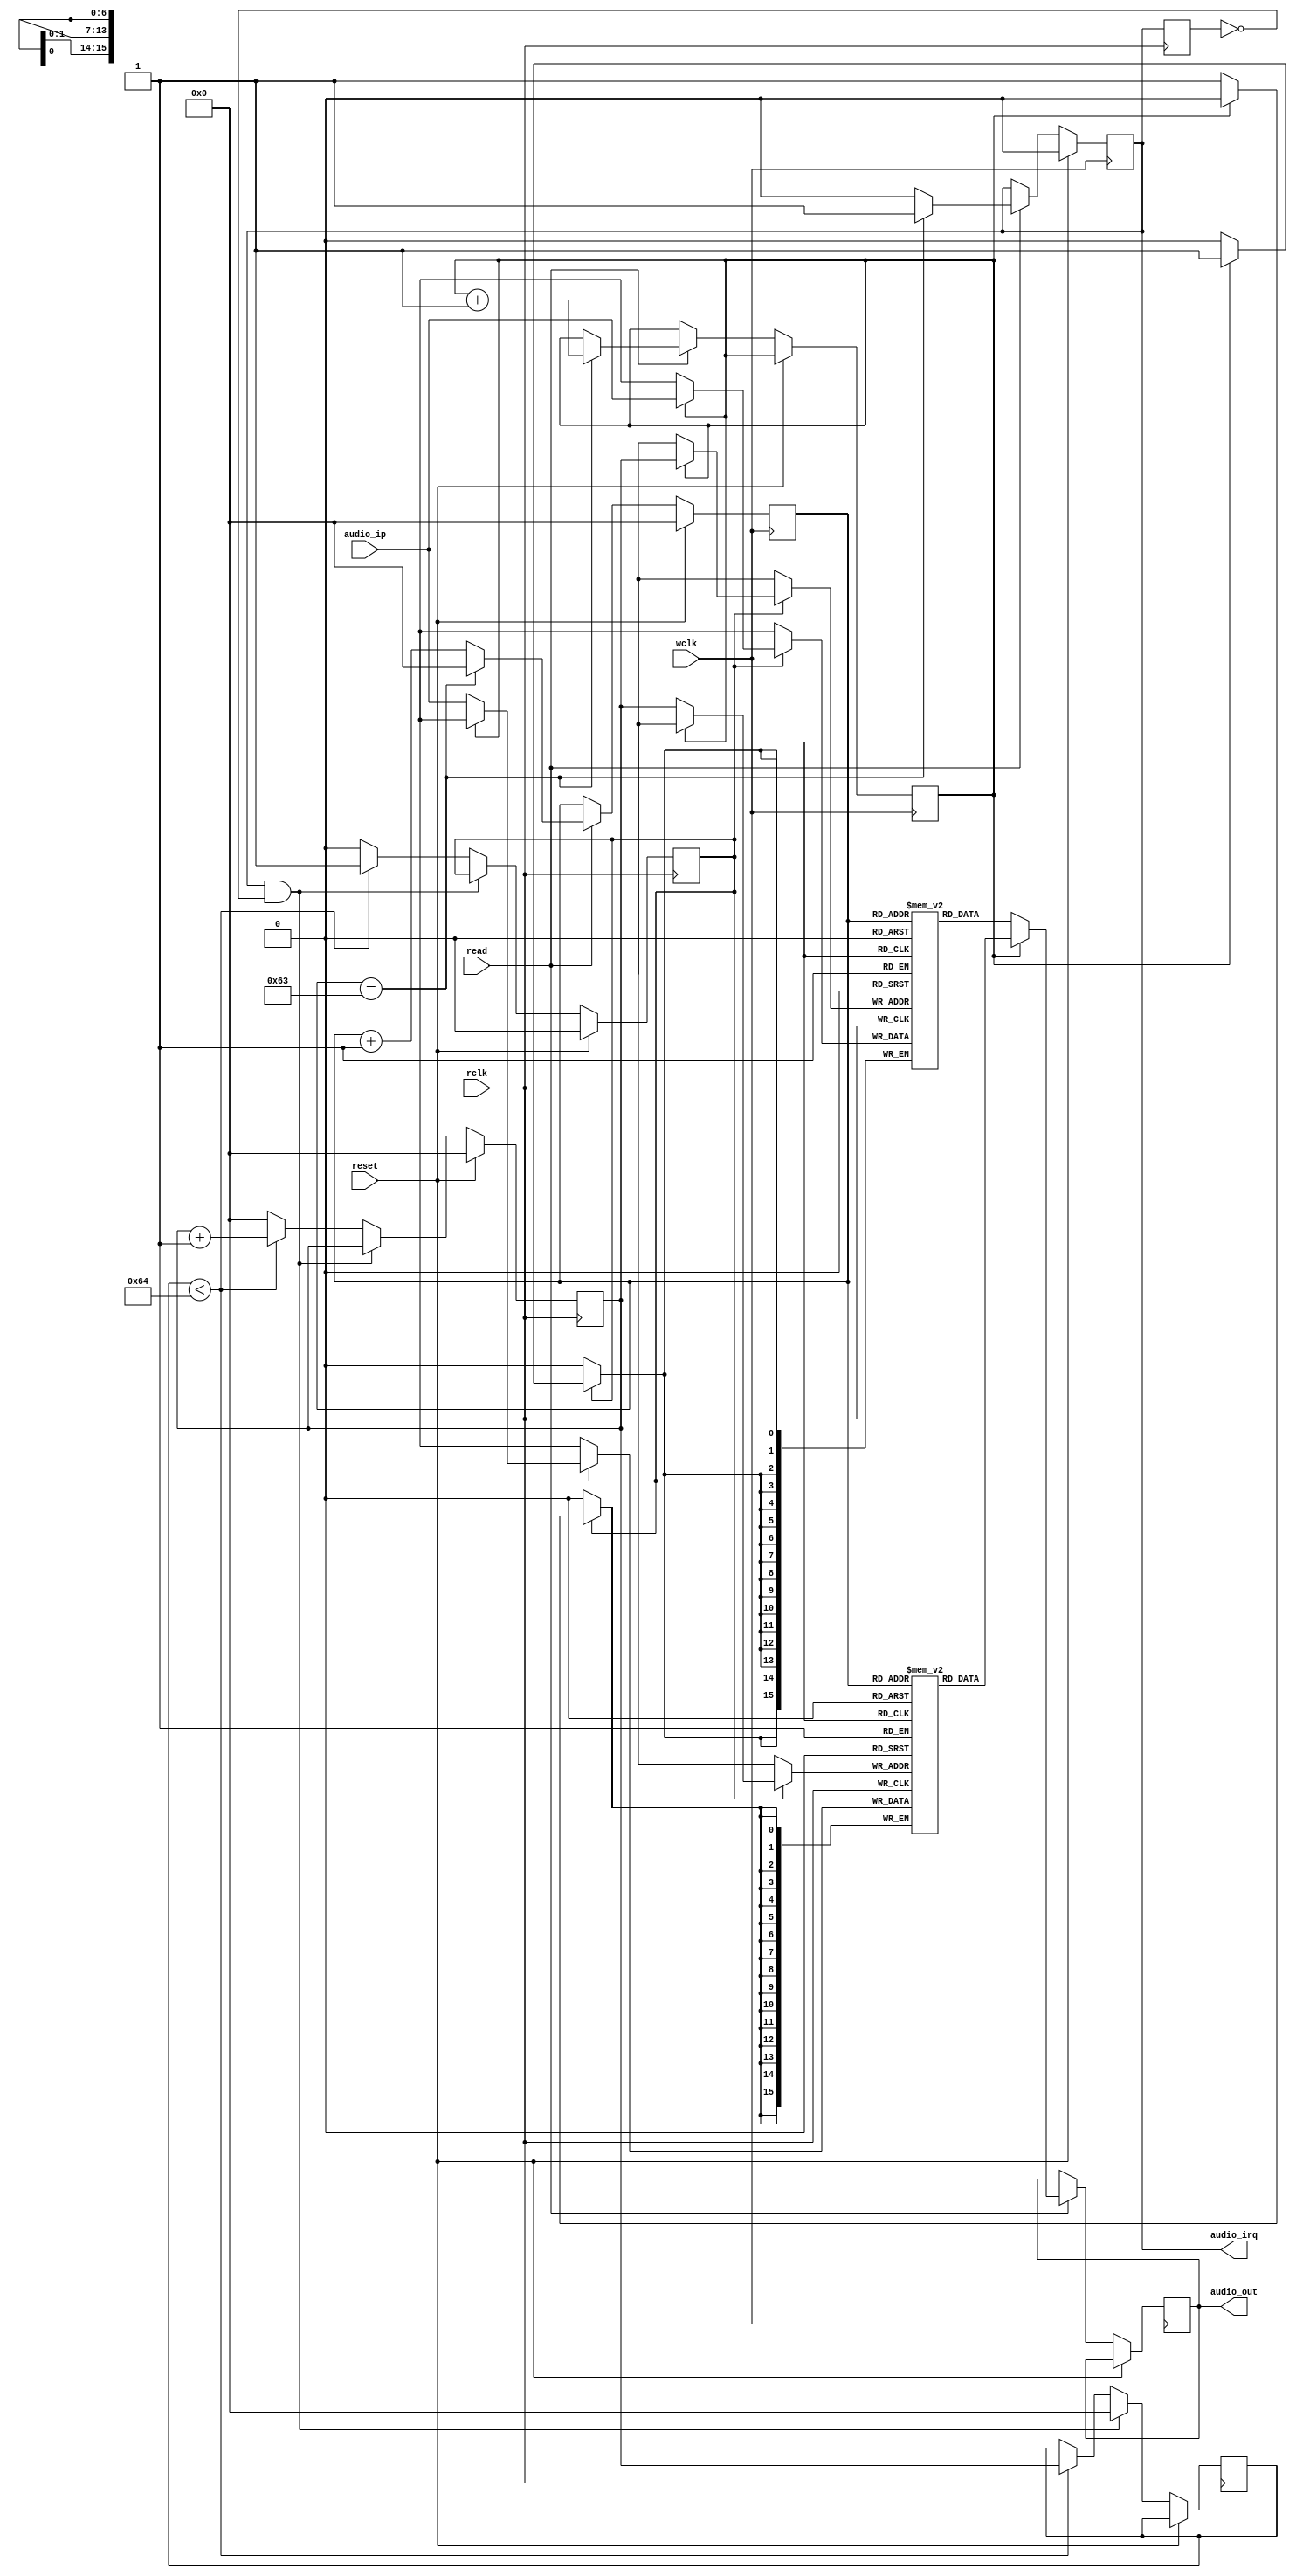
module audio_buffer ( rclk,		// read from avalon bus
	  wclk,		// write to audio_effects
     reset,
	 audio_ip,
	  read,     //sample_req from audio_codec
     audio_out,
	  audio_irq
);


input rclk,wclk,reset,read;
input [15:0] audio_ip;
output [15:0] audio_out;
output audio_irq;


reg [15:0] buffer1 [0:99];
reg [15:0] buffer2 [0:99];
reg [6:0]  indexr = 7'd0;
reg [6:0]  indexr_prev = 7'd0;
reg [6:0]  indexw = 7'd0;
reg buf_cnt = 1'b0;
reg start_read;
reg irq;
reg irq_prev;
wire irq_edge;
reg [15:0] audio_out;
assign audio_irq = irq;

always @(posedge rclk) 
	irq_prev<= audio_irq;

assign irq_edge = audio_irq & (~irq_prev);	



always @(posedge rclk) begin
 if (reset ) begin
		start_read <= 0;
		indexr <= 7'd00;
	end else if (irq_edge)
	indexr_prev <= 0;
   else if (indexr_prev < 100) begin
                start_read <= 1'd1;
					 indexr_prev <= indexr;
						indexr <= indexr + 1'b1;
	end else begin 
                start_read <= 1'd0;
					 indexr <= 0;
	end
	end
	
					 
always @(posedge rclk) begin
	if (start_read) begin    // write enable for buffer
		if (buf_cnt==0)
				buffer1[indexr] <= audio_ip;
		else 
				buffer2[indexr] <= audio_ip;
	end
end 


always @(posedge wclk) begin
		if (reset ) begin
		indexw <= 7'd00;
	   irq <= 0;
		end
		else if (read) begin
			if (indexw == 7'd99) begin
                indexw <= 7'd00;
					 buf_cnt <= buf_cnt + 1'b1;
					 irq <= 1;
			end
			else begin
                indexw <= indexw + 1'b1;
					 irq <= 0;
				end
			if (buf_cnt==0)
				 audio_out <= buffer2[indexw];
			else 
				audio_out <= buffer1[indexw];
	end			
end

endmodule